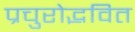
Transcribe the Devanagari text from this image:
प्रचुरोद्भवित